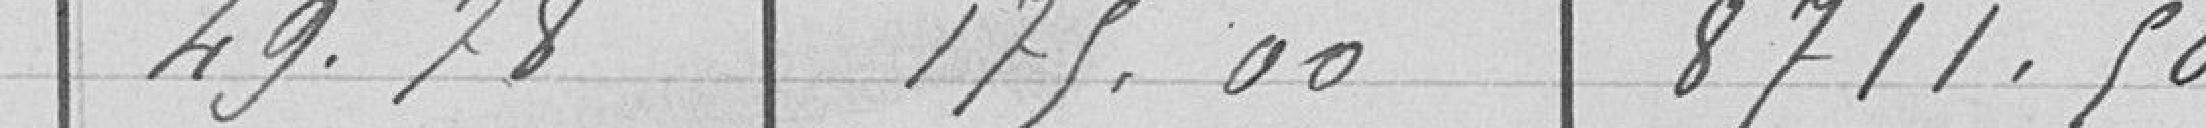
49,78   175,00   8 711,50